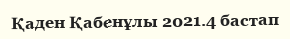
Қаден Қабенұлы 2021.4 бастап